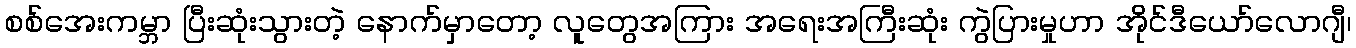
စစ်အေးကမ္ဘာ ပြီးဆုံးသွားတဲ့ နောက်မှာတော့ လူတွေအကြား အရေးအကြီးဆုံး ကွဲပြားမှုဟာ အိုင်ဒီယော်လောဂျီ၊